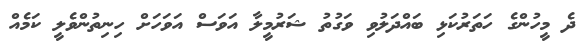
ދެ މީހުންގެ ހަތަރުކަޅި ބައްދަލުވި ވަގުތު ޝަރުމީލާ އަވަސް އަވަހަށް ހިނިތުންވެލީ ކަމެއް